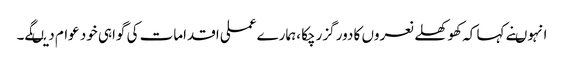
انہوںنے کہا کہ کھوکھلے نعروں کا دور گزرچکا ،ہمارے عملی اقدامات کی گواہی خود عوام دیںگے۔